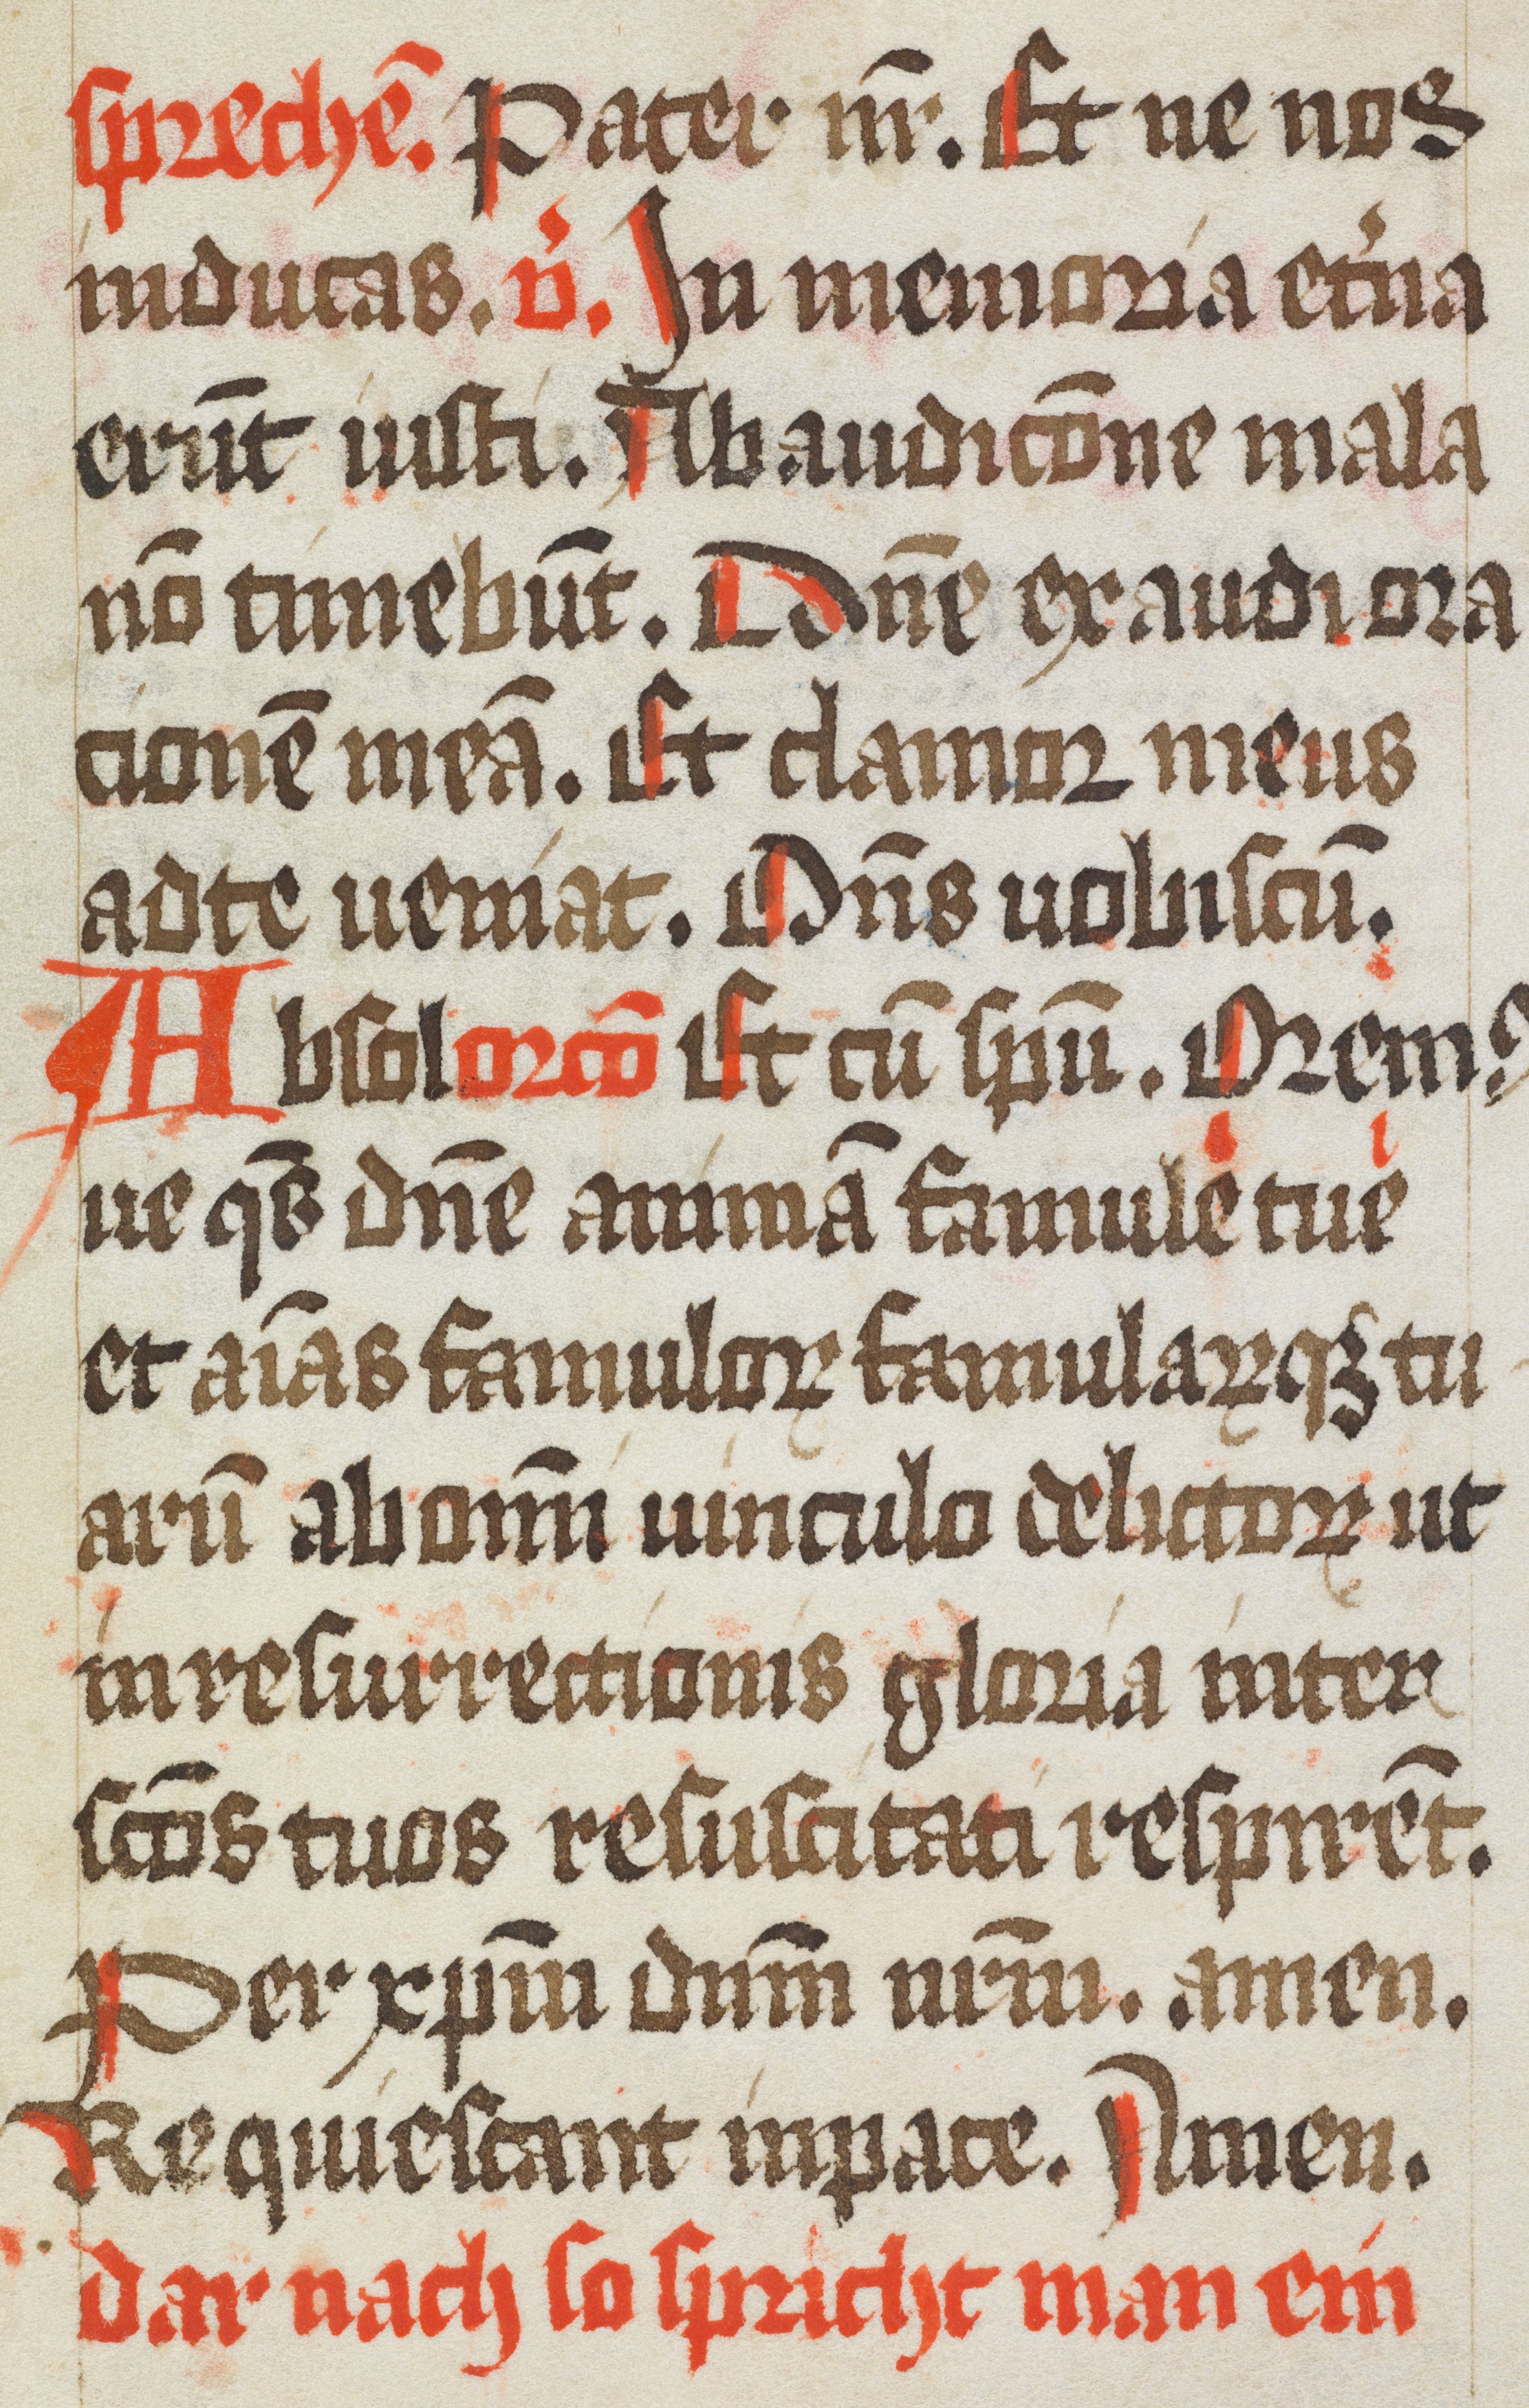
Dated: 1484–1487